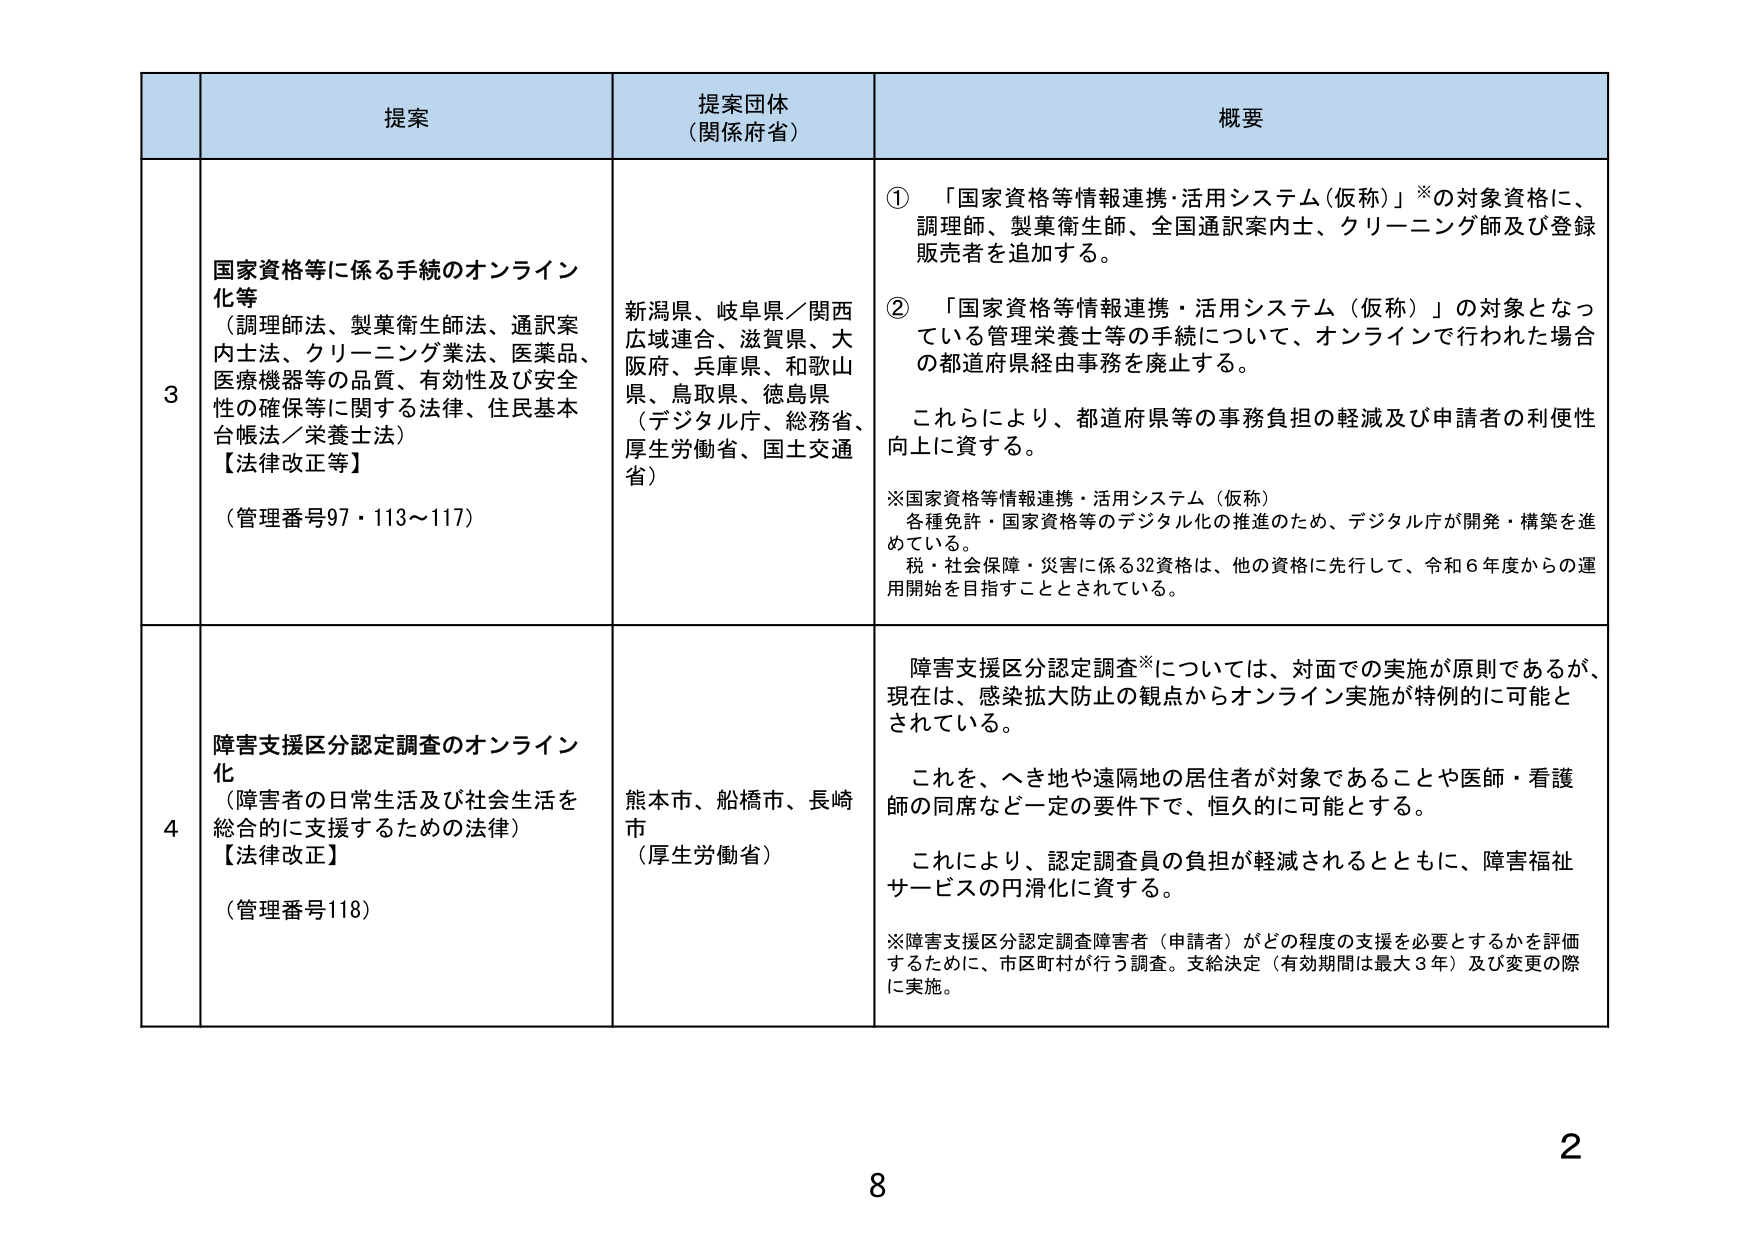
提案
提案団体（関係府省）
概要

3
国家資格等に係る手続のオンライン化等
（調理師法、製菓衛生師法、通訳案内士法、クリーニング業法、医薬品、医療機器等の品質、有効性及び安全性の確保等に関する法律、住民基本台帳法／栄養士法）
【法律改正等】
（管理番号97・113～117）

新潟県、岐阜県／関西広域連合、滋賀県、大阪府、兵庫県、和歌山県、鳥取県、徳島県
（デジタル庁、総務省、厚生労働省、国土交通省）

① 「国家資格等情報連携・活用システム（仮称）」※の対象資格に、調理師、製菓衛生師、全国通訳案内士、クリーニング師及び登録販売者を追加する。
② 「国家資格等情報連携・活用システム（仮称）」の対象となっている管理栄養士等の手続について、オンラインで行われた場合の都道府県経由事務を廃止する。
これにより、都道府県等の事務負担の軽減及び申請者の利便性向上に資する。
※国家資格等情報連携・活用システム（仮称）
各種免許・国家資格等のデジタル化の推進のため、デジタル庁が開発・構築を進めている。
税・社会保障・災害に係る32資格は、他の資格に先行して、令和6年度からの運用開始を目指すこととされている。

4
障害支援区分認定調査のオンライン化
（障害者の日常生活及び社会生活を総合的に支援するための法律）
【法律改正】
（管理番号118）

熊本市、船橋市、長崎市
（厚生労働省）

障害支援区分認定調査※については、対面での実施が原則であるが、現在は、感染拡大防止の観点からオンライン実施が特例的に可能とされている。
これを、へき地や遠隔地の居住者が対象であることや医師・看護師の同席など一定の要件下で、恒久的に可能とする。
これにより、認定調査員の負担が軽減されるとともに、障害福祉サービスの円滑化に資する。
※障害支援区分認定調査障害者（申請者）がどの程度の支援を必要とするかを評価するために、市区町村が行う調査。支給決定（有効期間は最大3年）及び変更の際に実施。

2
8